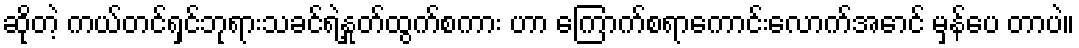
ဆိုတဲ့ ကယ်တင်ရှင်ဘုရားသခင်ရဲ့နှုတ်ထွက်စကား ဟာ ကြောက်စရာကောင်းလောက်အောင် မှန်ပေ တာပဲ။